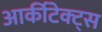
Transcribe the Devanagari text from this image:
आर्कीटेक्ट्स